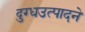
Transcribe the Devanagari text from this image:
दुग्धउत्पादने